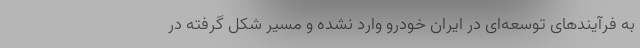
به فرآیندهای توسعه‌ای در ایران خودرو وارد نشده و مسیر شکل گرفته در